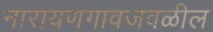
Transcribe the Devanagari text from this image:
नारायणगावजवळील